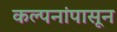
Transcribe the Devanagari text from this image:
कल्पनांपासून